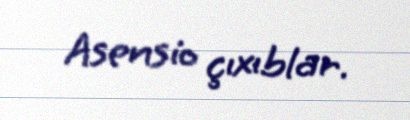
Asensio çıxıblar.